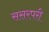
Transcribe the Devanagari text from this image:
ससरपरी